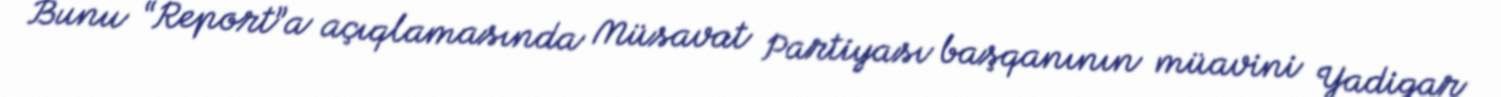
Bunu “Report”a açıqlamasında Müsavat Partiyası başqanının müavini Yadigar